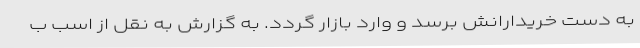
به دست خریدارانش برسد و وارد بازار گردد. به گزارش به نقل از اسب ب